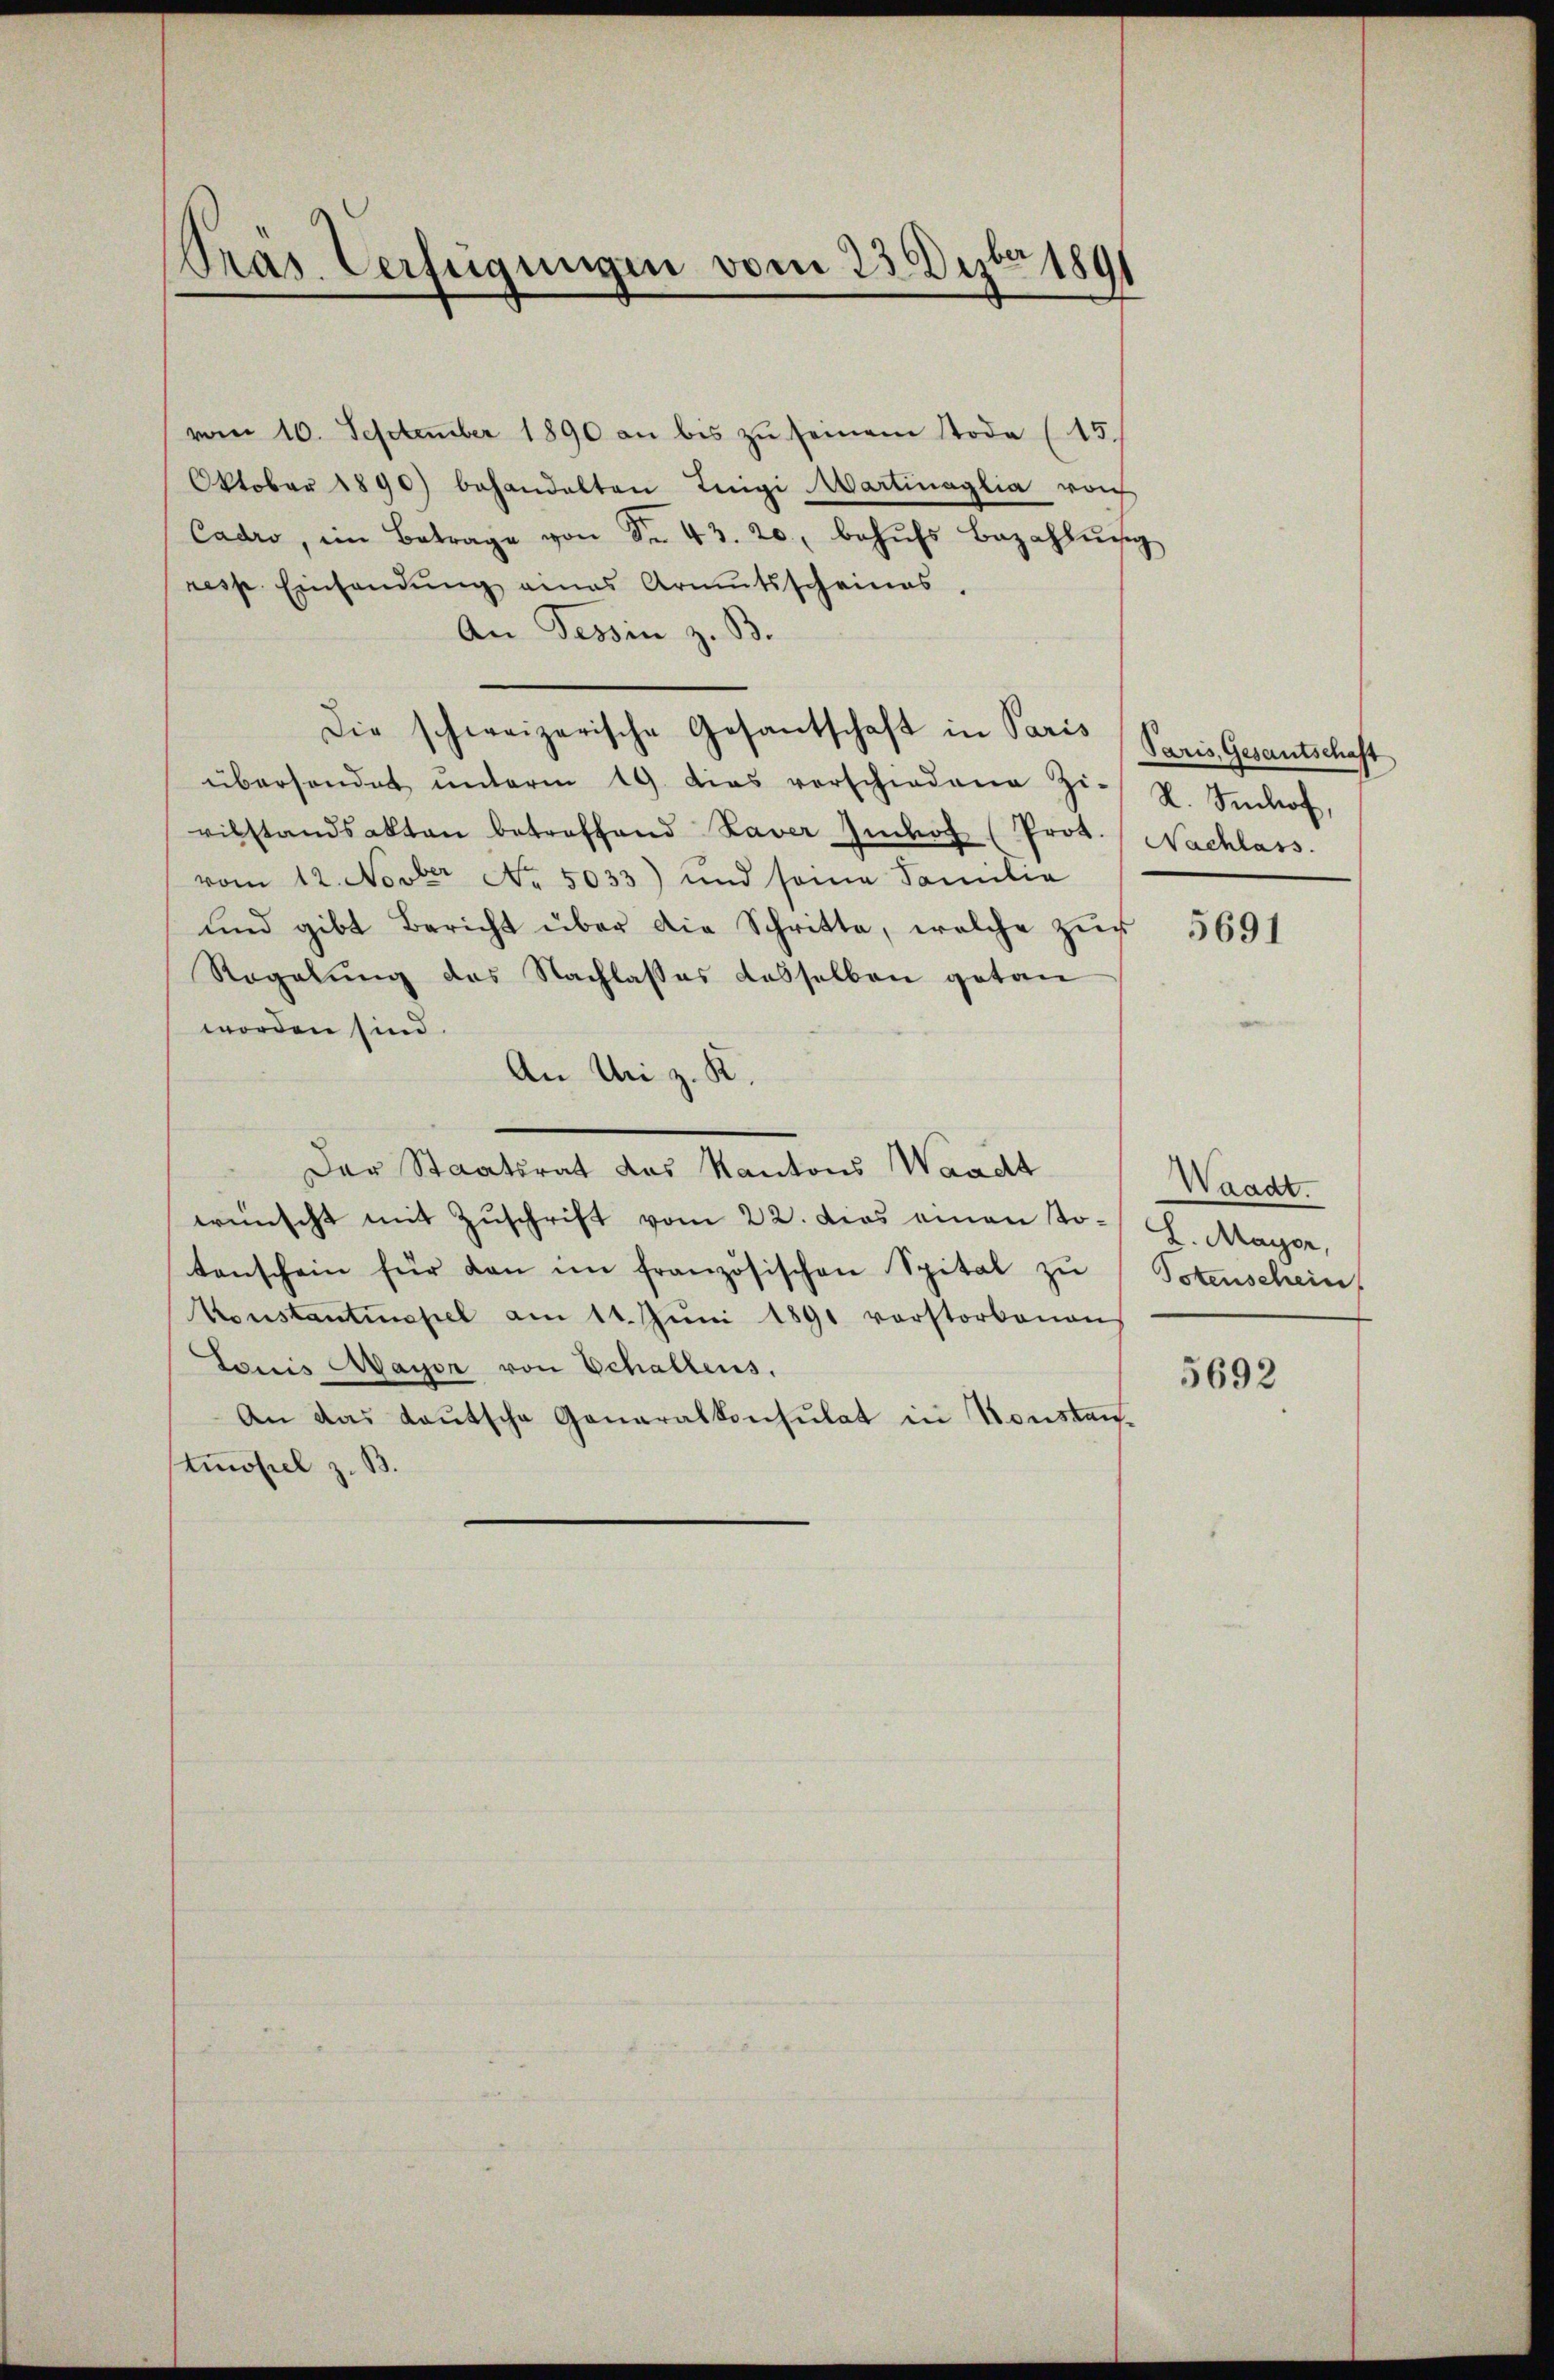
Prás Verfügungen vom 23. Dezbr 1891

vom 10. September 1890 an bis zŭ seinem Tode (15.
Oktober 1890) behandelten Teigi Martinaglia vois
Cadro, im Betrage von Sr. 43. 20, behŭfs Bezahlŭng
resp. Einhandŭng eines Armŭtsscheines.
An Tessin z. B.
Die schweizerische Gesantschaft in Paris Paris Gesantschaft
überhandet ŭnterm 19. dies verschiedene Zi- N. Imhof,
vilstandsakten betreffend Laver Indof (Prot. Nachlass.
vom 12. Novbr No. 5033) und seine Familie
ŭnd gibt Bericht über die Schritte, welche zŭr
Regelung des Nachlasses dasselben getan
worden sind
An Uri z. R.
Der Staatsrat das Kantons Waadt
wünscht mit Zŭschrift vom 22. dies einen Jo-G. Mayer,
tenschein für den im französischen Spital zŭ Totenschein
Konstantinopel am 11. Jŭni 1891 vorstorbenen
Louis Mayer von Schallens.
An das Lautsche Generalkonsulat in Konstan¬
Anopel z. B.

5691

Waadt.

5692